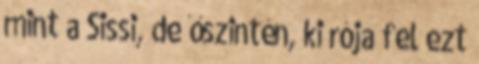
mint a Sissi, de őszintén, ki rója fel ezt